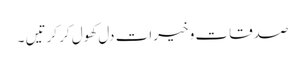
صدقات و خیرات دل کھول کر کرتیں ۔